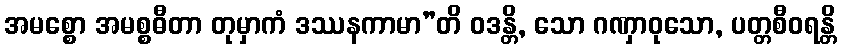
အမစ္စော အမစ္စဓီတာ တုမှာကံ ဒဿနကာမာ”တိ ဝဒန္တိ, သော ဂဏှာဝုသော, ပတ္တစီဝရန္တိ